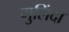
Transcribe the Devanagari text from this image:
गुलिंदा